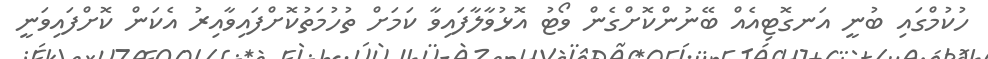
ހުކުމްގައި ބުނީ އަނގޮޓިއެއް ބޭނުންކޮށްގެން ވޯޓު އޮޅުވާލާފައިވާ ކަމަށް ތުހުމަތުކޮށްފައިވާއިރު އެކަން ކޮށްފައިވަނީ